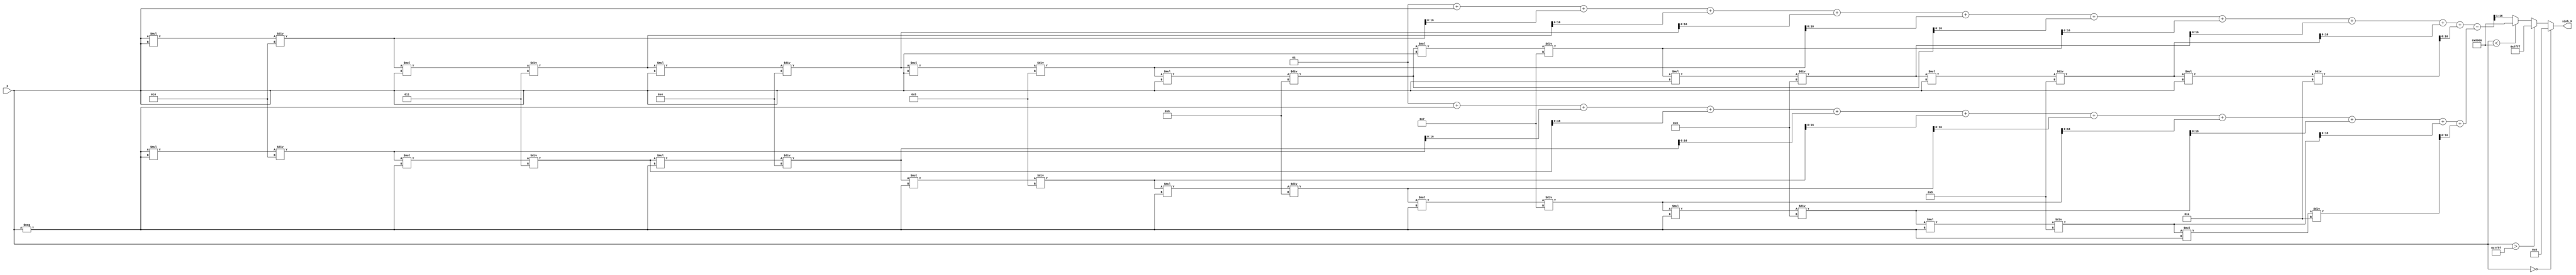
module sinh_arithmetic_block (
    input wire signed [15:0] X,       // Input: Fixed-point value (16-bit signed)
    output reg signed [15:0] sinh_X    // Output: Computed sinh(X)
);

    // Internal signals
    reg signed [31:0] exp_X;           // e^X (32-bit for overflow)
    reg signed [31:0] exp_neg_X;       // e^-X (32-bit for overflow)
    reg signed [31:0] exp_diff;         // e^X - e^-X
    reg signed [31:0] temp_result;      // Temporary result for division

    // Function to calculate e^X using a polynomial approximation
    function signed [31:0] exp_approx(input signed [15:0] x);
        reg signed [31:0] result;
        reg signed [31:0] term;
        integer i;
        begin
            result = 32'h00000001; // e^0 = 1
            term = x; // First term is X
            for (i = 1; i <= 10; i = i + 1) begin // 10 terms of Taylor series
                result = result + term;
                term = (term * x) / (i + 1); // Calculate next term
            end
            exp_approx = result;
        end
    endfunction

    always @(*) begin
        // Handle special cases
        if (X == 16'h0000) begin
            sinh_X = 16'h0000; // sinh(0) = 0
        end else if (X > 16'h7FFF) begin
            sinh_X = 16'h7FFF; // Saturate for large positive values
        end else if (X < 16'h8000) begin
            sinh_X = 16'h8000; // Saturate for large negative values
        end else begin
            // Calculate e^X and e^-X
            exp_X = exp_approx(X);
            exp_neg_X = exp_approx(-X);
            
            // Compute e^X - e^-X
            exp_diff = exp_X - exp_neg_X;

            // Divide by 2
            temp_result = exp_diff >> 1; // Right shift by 1 to divide by 2
            
            // Assign result to output
            sinh_X = temp_result[15:0]; // Keep only the lower 16 bits
        end
    end
endmodule